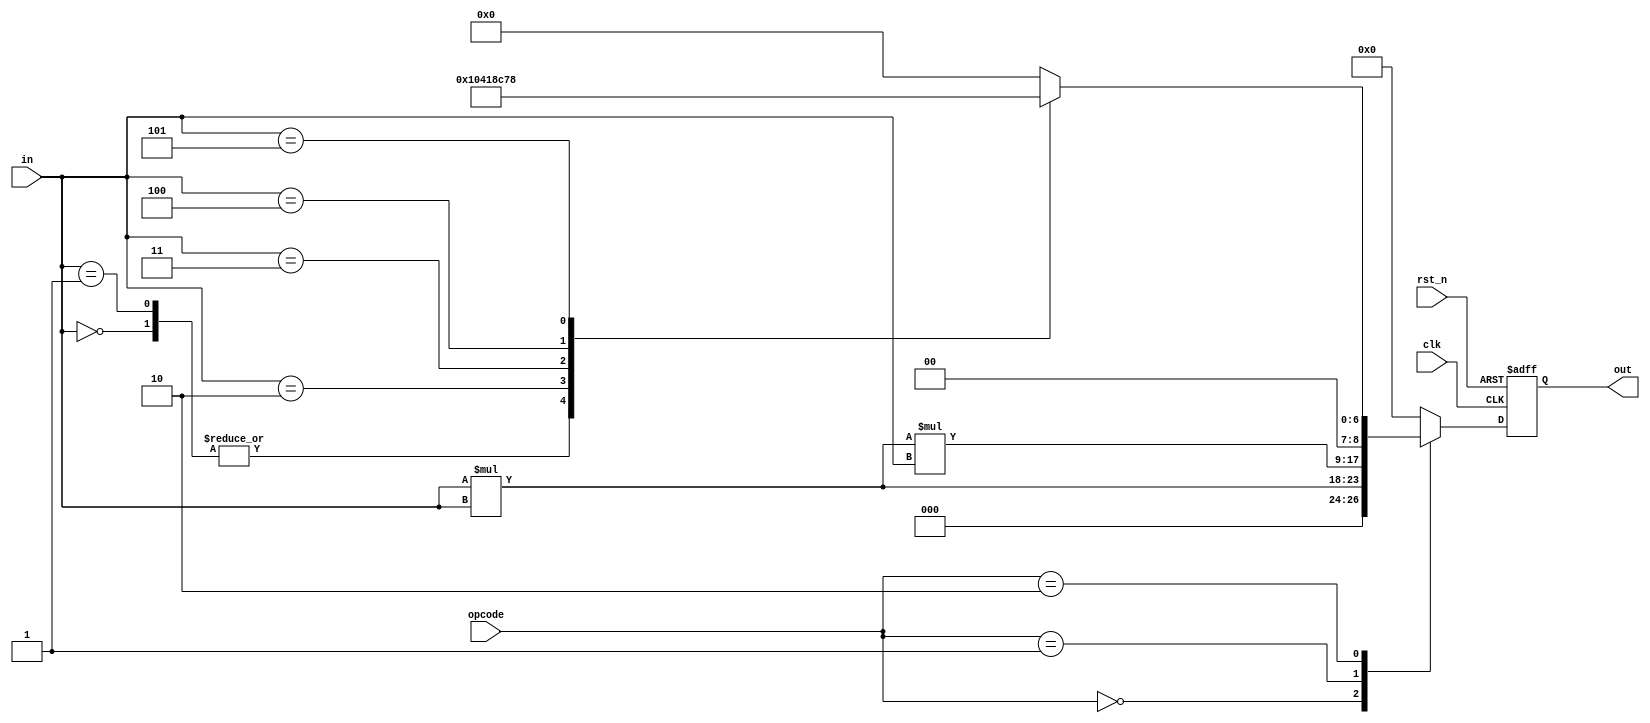
module calculator (
    input  wire clk, rst_n,
    input  wire [2:0] in,
    input  wire [1:0] opcode,
    output reg [8:0] out
    );

    function [8:0] square (input [2:0] in);
        square = in*in;
    endfunction

    function [8:0] cube (input [2:0] in);
        cube = in*in*in;
    endfunction

    function [8:0] factorial (input [2:0] in);
        case (in)
            0: factorial = 1;
            1: factorial = 1;
            2: factorial = 1*2;
            3: factorial = 1*2*3;
            4: factorial = 1*2*3*4;
            5: factorial = 1*2*3*4*5;
            default: factorial = 0;
        endcase
    endfunction

    always @(posedge clk or negedge rst_n) begin
        if (~rst_n) out = 0;
        else begin
            case (opcode)
                0: out = square(in);
                1: out = cube(in);
                2: out = factorial(in);
                default: out = 0;
            endcase
        end
    end

endmodule